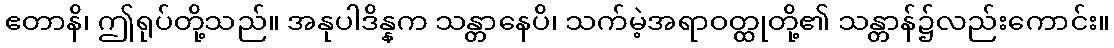
ဧတာနိ၊ ဤရုပ်တို့သည်။ အနုပါဒိန္နက သန္တာနေပိ၊ သက်မဲ့အရာဝတ္ထုတို့၏ သန္တာန်၌လည်းကောင်း။